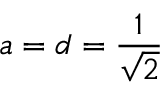
a = d = { \frac { 1 } { \sqrt { 2 } } }